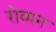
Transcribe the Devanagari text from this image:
रोव्मन